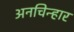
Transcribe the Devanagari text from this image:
अनचिन्हार